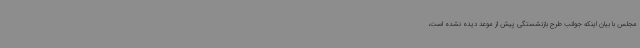
مجلس با بیان اینکه جوانب طرح بازنشستگی پیش از موعد دیده نشده است،